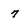
Character: 7